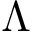
\Lambda